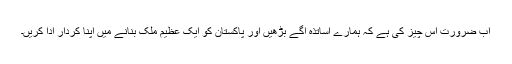
اب ضرورت اس چیز کی ہے کہ ہمارے اساتذہ آگے بڑھیں اور پاکستان کو ایک عظیم ملک بنانے میں اپنا کردار ادا کریں۔